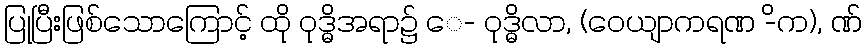
ပြုပြီးဖြစ်သောကြောင့် ထို ဝုဒ္ဓိအရာ၌ ေ- ဝုဒ္ဓိလာ, (ဝေယျာကရဏ -ိက), ဏ်